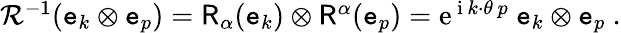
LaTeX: \begin{array}{r}{{\mathcal R}^{-1}(\mathtt{e}_{k}\otimes\mathtt{e}_{p})=\mathsf{R}_{\alpha}(\mathtt{e}_{k})\otimes\mathsf{R}^{\alpha}(\mathtt{e}_{p})={\mathrm{e}}^{\, {\mathrm{i}}\, k\cdot\theta\, p}\ \mathtt{e}_{k}\otimes\mathtt{e}_{p}\ .}\end{array}